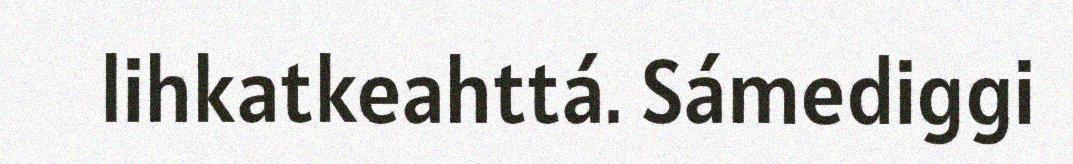
lihkatkeahttá. Sámediggi